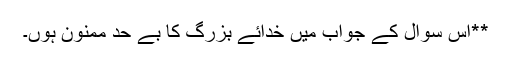
**اس سوال کے جواب میں خدائے بزرگ کا بے حد ممنون ہُوں۔